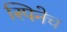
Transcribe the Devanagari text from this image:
स्पिनेच